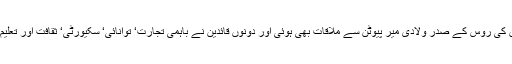
اس کانفرنس کے موقع پر صدر ممنون حسین کی روس کے صدر ولادی میر پیوٹن سے ملاقات بھی ہوئی اور دونوں قائدین نے باہمی تجارت‘ توانائی‘ سکیورٹی‘ ثقافت اور تعلیم کے شعبوں میں تعاون بڑھانے پر اتفاق کیا۔